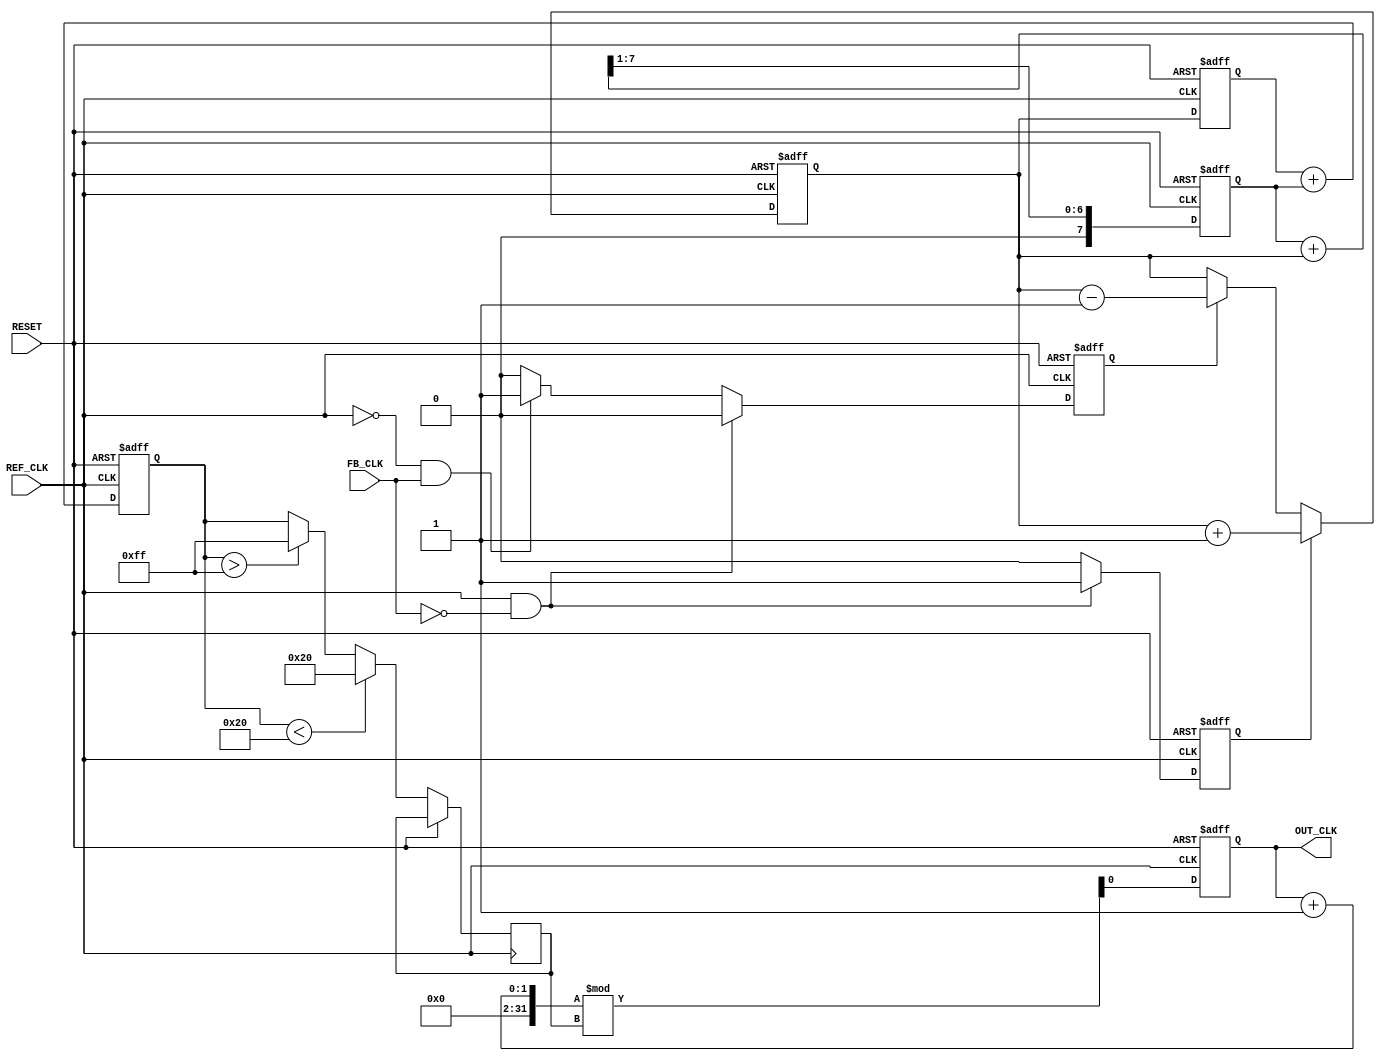
module dual_loop_pll (
    input wire REF_CLK,        // Reference clock input
    input wire FB_CLK,         // Feedback clock input
    output reg OUT_CLK,        // Output clock
    input wire RESET           // Asynchronous reset
);

// PFD outputs
reg UP, DOWN;

// Charge Pump outputs
reg [7:0] charge_pump_out;
wire [7:0] control_voltage;

// Fast and Slow Loop Filters
reg [7:0] fast_loop_filter;
reg [7:0] slow_loop_filter;

// VCO parameters
reg [7:0] vco_control_voltage;
reg [7:0] vco_output;
reg [7:0] vco_frequency;

// State for VCO
localparam VCO_MIN_FREQ = 8'h20; // Minimum frequency
localparam VCO_MAX_FREQ = 8'hFF; // Maximum frequency

// PFD Logic
always @(posedge REF_CLK or posedge RESET) begin
    if (RESET) begin
        UP <= 0;
        DOWN <= 0;
    end else begin
        if (REF_CLK && !FB_CLK) begin
            UP <= 1; 
            DOWN <= 0;
        end else if (!REF_CLK && FB_CLK) begin
            UP <= 0; 
            DOWN <= 1;
        end else begin
            UP <= 0; 
            DOWN <= 0;
        end
    end
end

// Charge Pump Logic
always @(posedge REF_CLK or posedge RESET) begin
    if (RESET) begin
        charge_pump_out <= 8'h00;
    end else begin
        if (UP) begin
            charge_pump_out <= charge_pump_out + 1;
        end else if (DOWN) begin
            charge_pump_out <= charge_pump_out - 1;
        end
    end
end

// Fast and Slow Loop Filter Logic
always @(posedge REF_CLK or posedge RESET) begin
    if (RESET) begin
        fast_loop_filter <= 8'h00;
        slow_loop_filter <= 8'h00;
    end else begin
        fast_loop_filter <= charge_pump_out; // Fast response
        slow_loop_filter <= (slow_loop_filter + charge_pump_out) >> 1; // Averaging for slow response
    end
end

// VCO Logic
always @(posedge REF_CLK or posedge RESET) begin
    if (RESET) begin
        vco_control_voltage <= 8'h00;
        vco_output <= 8'h00;
        OUT_CLK <= 0;
    end else begin
        // Combine control voltages from both filters
        vco_control_voltage <= fast_loop_filter + slow_loop_filter;

        // Generate VCO output frequency based on control voltage
        if (vco_control_voltage < VCO_MIN_FREQ)
            vco_frequency <= VCO_MIN_FREQ;
        else if (vco_control_voltage > VCO_MAX_FREQ)
            vco_frequency <= VCO_MAX_FREQ;
        else
            vco_frequency <= vco_control_voltage;

        // Generate OUT_CLK based on VCO output
        OUT_CLK <= (OUT_CLK + 1) % vco_frequency; // Simple frequency divider for demonstration
    end
end

endmodule